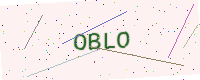
Text: OBLO